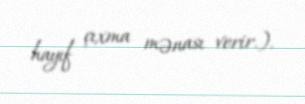
hayıf çıxma mənası verir.).